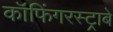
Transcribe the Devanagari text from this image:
कॉफिंगरस्ट्राबे